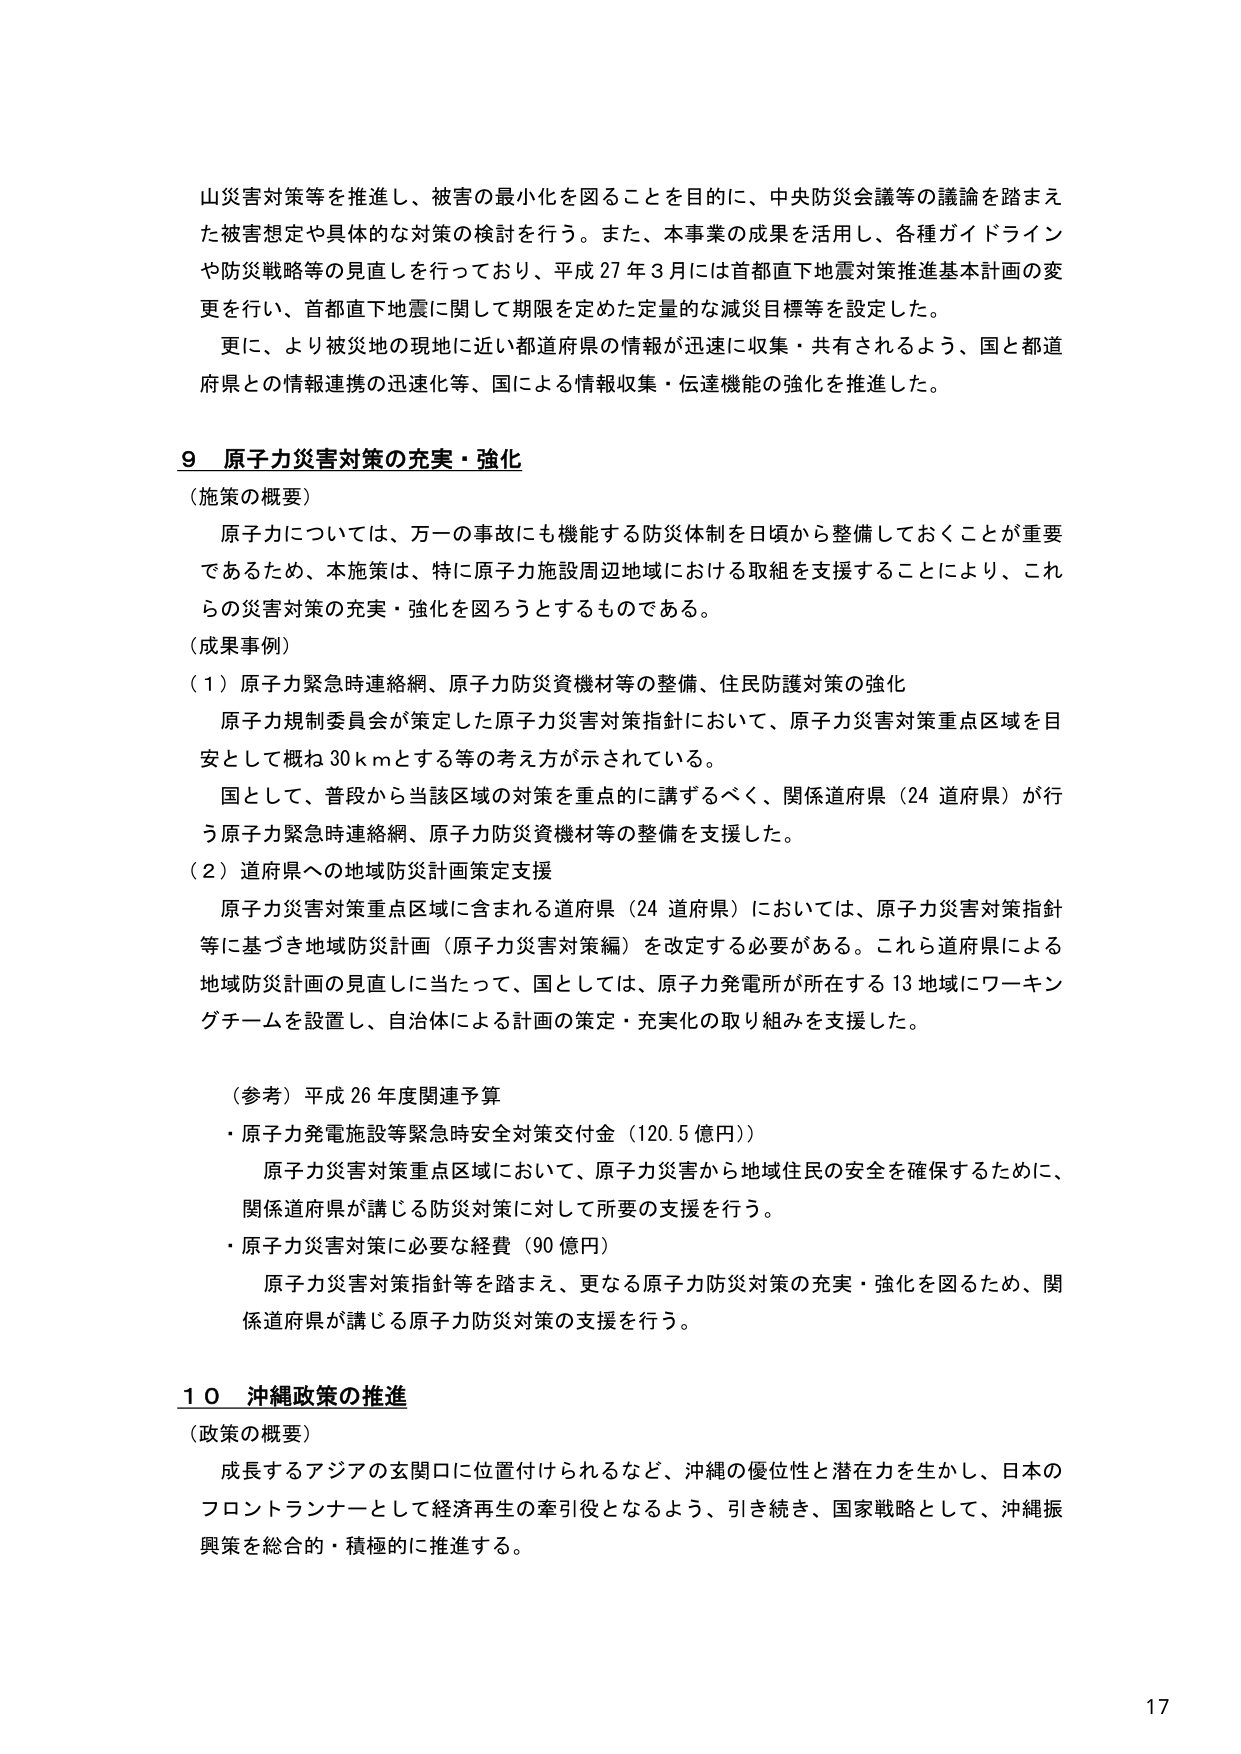
山災害対策等を推進し、被害の最小化を図ることを目的に、中央防災会議等の議論を踏まえた被害想定や具体的な対策の検討を行う。また、本事業の成果を活用し、各種ガイドラインや防災戦略等の見直しを行っており、平成27年3月には首都直下地震対策推進基本計画の変更を行い、首都直下地震に関して期限を定めた定量的な減災目標等を設定した。

更に、より被災地の現地に近い都道府県の情報が迅速に収集・共有されるよう、国と都道府県との情報連携の迅速化等、国による情報収集・伝達機能の強化を推進した。

9 原子力災害対策の充実・強化

（施策の概要）

原子力については、万一の事故にも機能する防災体制を日頃から整備しておくことが重要であるため、本施策は、特に原子力施設周辺地域における取組を支援することにより、これらの災害対策の充実・強化を図ろうとするものである。

（成果事例）

（1）原子力緊急時連絡網、原子力防災資機材等の整備、住民防護対策の強化

原子力規制委員会が策定した原子力災害対策指針において、原子力災害対策重点区域を目安として概ね30kmとする等の考え方が示されている。

国として、普段から当該区域の対策を重点的に講ずるべく、関係道府県（24道府県）が行う原子力緊急時連絡網、原子力防災資機材等の整備を支援した。

（2）道府県への地域防災計画策定支援

原子力災害対策重点区域に含まれる道府県（24道府県）においては、原子力災害対策指針等に基づき地域防災計画（原子力災害対策編）を改定する必要がある。これら道府県による地域防災計画の見直しに当たって、国としては、原子力発電所が所在する13地域にワーキングチームを設置し、自治体による計画の策定・充実化の取り組みを支援した。

（参考）平成26年度関連予算

・原子力発電施設等緊急時安全対策交付金（120.5億円）

原子力災害対策重点区域において、原子力災害から地域住民の安全を確保するために、関係道府県が講じる防災対策に対して所要の支援を行う。

・原子力災害対策に必要な経費（90億円）

原子力災害対策指針等を踏まえ、更なる原子力防災対策の充実・強化を図るため、関係道府県が講じる原子力防災対策の支援を行う。

10 沖縄政策の推進

（政策の概要）

成長するアジアの玄関口に位置付けられるなど、沖縄の優位性と潜在力を生かし、日本のフロントランナーとして経済再生の牽引役となるよう、引き続き、国家戦略として、沖縄振興策を総合的・積極的に推進する。

17